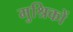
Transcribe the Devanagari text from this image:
मुश्रिकों